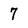
Character: 7